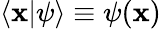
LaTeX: \langle\mathbf{x}|\psi\rangle\equiv\psi(\mathbf{x})